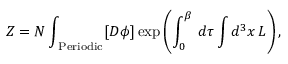
{ \cal Z } = N \int _ { \mathrm { \tiny ~ P e r i o d i c } } [ D \phi ] \exp { \left( \int _ { 0 } ^ { \beta } \, d \tau \int d ^ { 3 } x \, { \cal L } \right) } \, ,